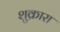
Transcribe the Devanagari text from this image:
शुक्रारा